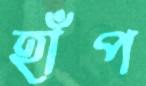
হাঁপ